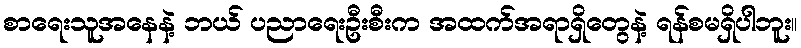
စာရေးသူအနေနဲ့ ဘယ် ပညာရေးဦးစီးက အထက်အရာရှိတွေနဲ့ ရန်စမရှိပါဘူး။